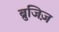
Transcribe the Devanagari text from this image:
ब्रुजिज़